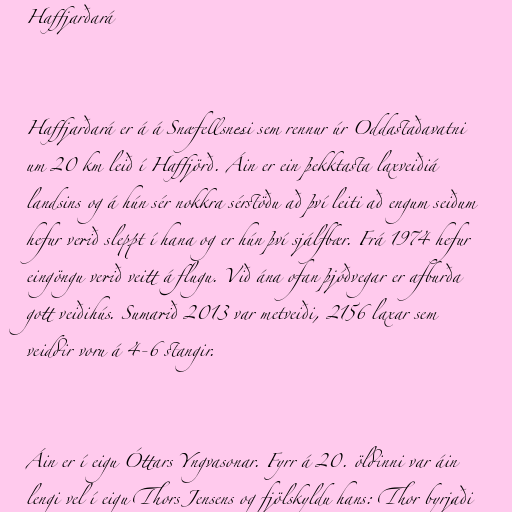
Haffjarðará

Haffjarðará er á á Snæfellsnesi sem rennur úr Oddastaðavatni
um 20 km leið í Haffjörð. Áin er ein þekktasta laxveiðiá
landsins og á hún sér nokkra sérstöðu að því leiti að engum seiðum
hefur verið sleppt í hana og er hún því sjálfbær. Frá 1974 hefur
eingöngu verið veitt á flugu. Við ána ofan þjóðvegar er afburða
gott veiðihús. Sumarið 2013 var metveiði, 2156 laxar sem
veiddir voru á 4-6 stangir.

Áin er í eigu Óttars Yngvasonar. Fyrr á 20. öldinni var áin
lengi vel í eigu Thors Jensens og fjölskyldu hans: Thor byrjaði